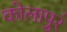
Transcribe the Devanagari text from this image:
कोलापुरं